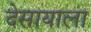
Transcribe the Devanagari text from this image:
देसायाला